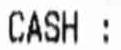
CASH :